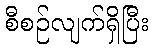
စီစဉ်လျက်ရှိပြီး